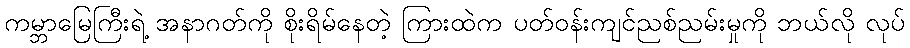
ကမ္ဘာမြေကြီးရဲ့ အနာဂတ်ကို စိုးရိမ်နေတဲ့ ကြားထဲက ပတ်ဝန်းကျင်ညစ်ညမ်းမှုကို ဘယ်လို လုပ်